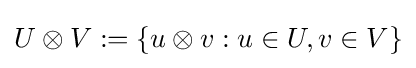
U\otimes V:=\{u\otimes v:u\in U,v\in V\}